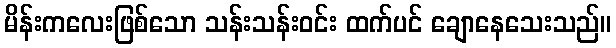
မိန်းကလေးဖြစ်သော သန်းသန်းဝင်း ထက်ပင် ချောနေသေးသည်။